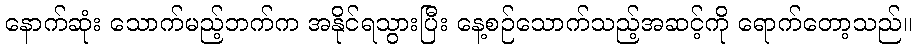
နောက်ဆုံး သောက်မည့်ဘက်က အနိုင်ရသွားပြီး နေ့စဉ်သောက်သည့်အဆင့်ကို ရောက်တော့သည်။